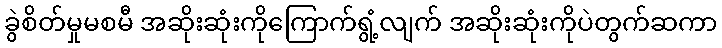
ခွဲစိတ်မှုမစမီ အဆိုးဆုံးကိုကြောက်ရွံ့လျက် အဆိုးဆုံးကိုပဲတွက်ဆကာ